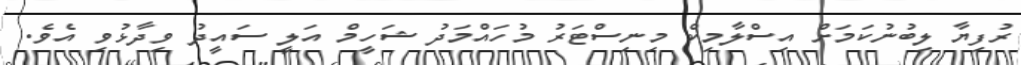
ރުފިޔާ ލިބުނުކަމަށް އިސްލާމިކް މިނިސްޓަރު މުހައްމަދު ޝަހީމް އަލީީ ސައީދު ވިދާޅުވި އެވެ.